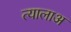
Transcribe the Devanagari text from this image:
त्यालाअ